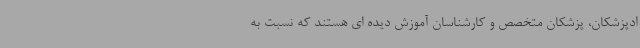
ادپزشکان، پزشکان متخصص و کارشناسان آموزش دیده ای هستند که نسبت به